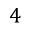
4